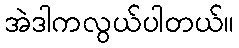
အဲဒါကလွယ်ပါတယ်။